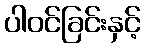
ပါဝင်ခြင်းနှင့်